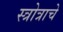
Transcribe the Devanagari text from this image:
स्त्रोत्राचे